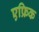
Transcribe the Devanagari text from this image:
एफ्रिक